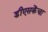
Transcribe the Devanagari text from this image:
डीएसकेंचा